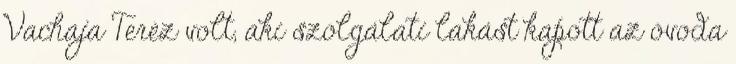
Vachaja Teréz volt, aki szolgálati lakást kapott az óvoda